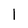
Character: 1